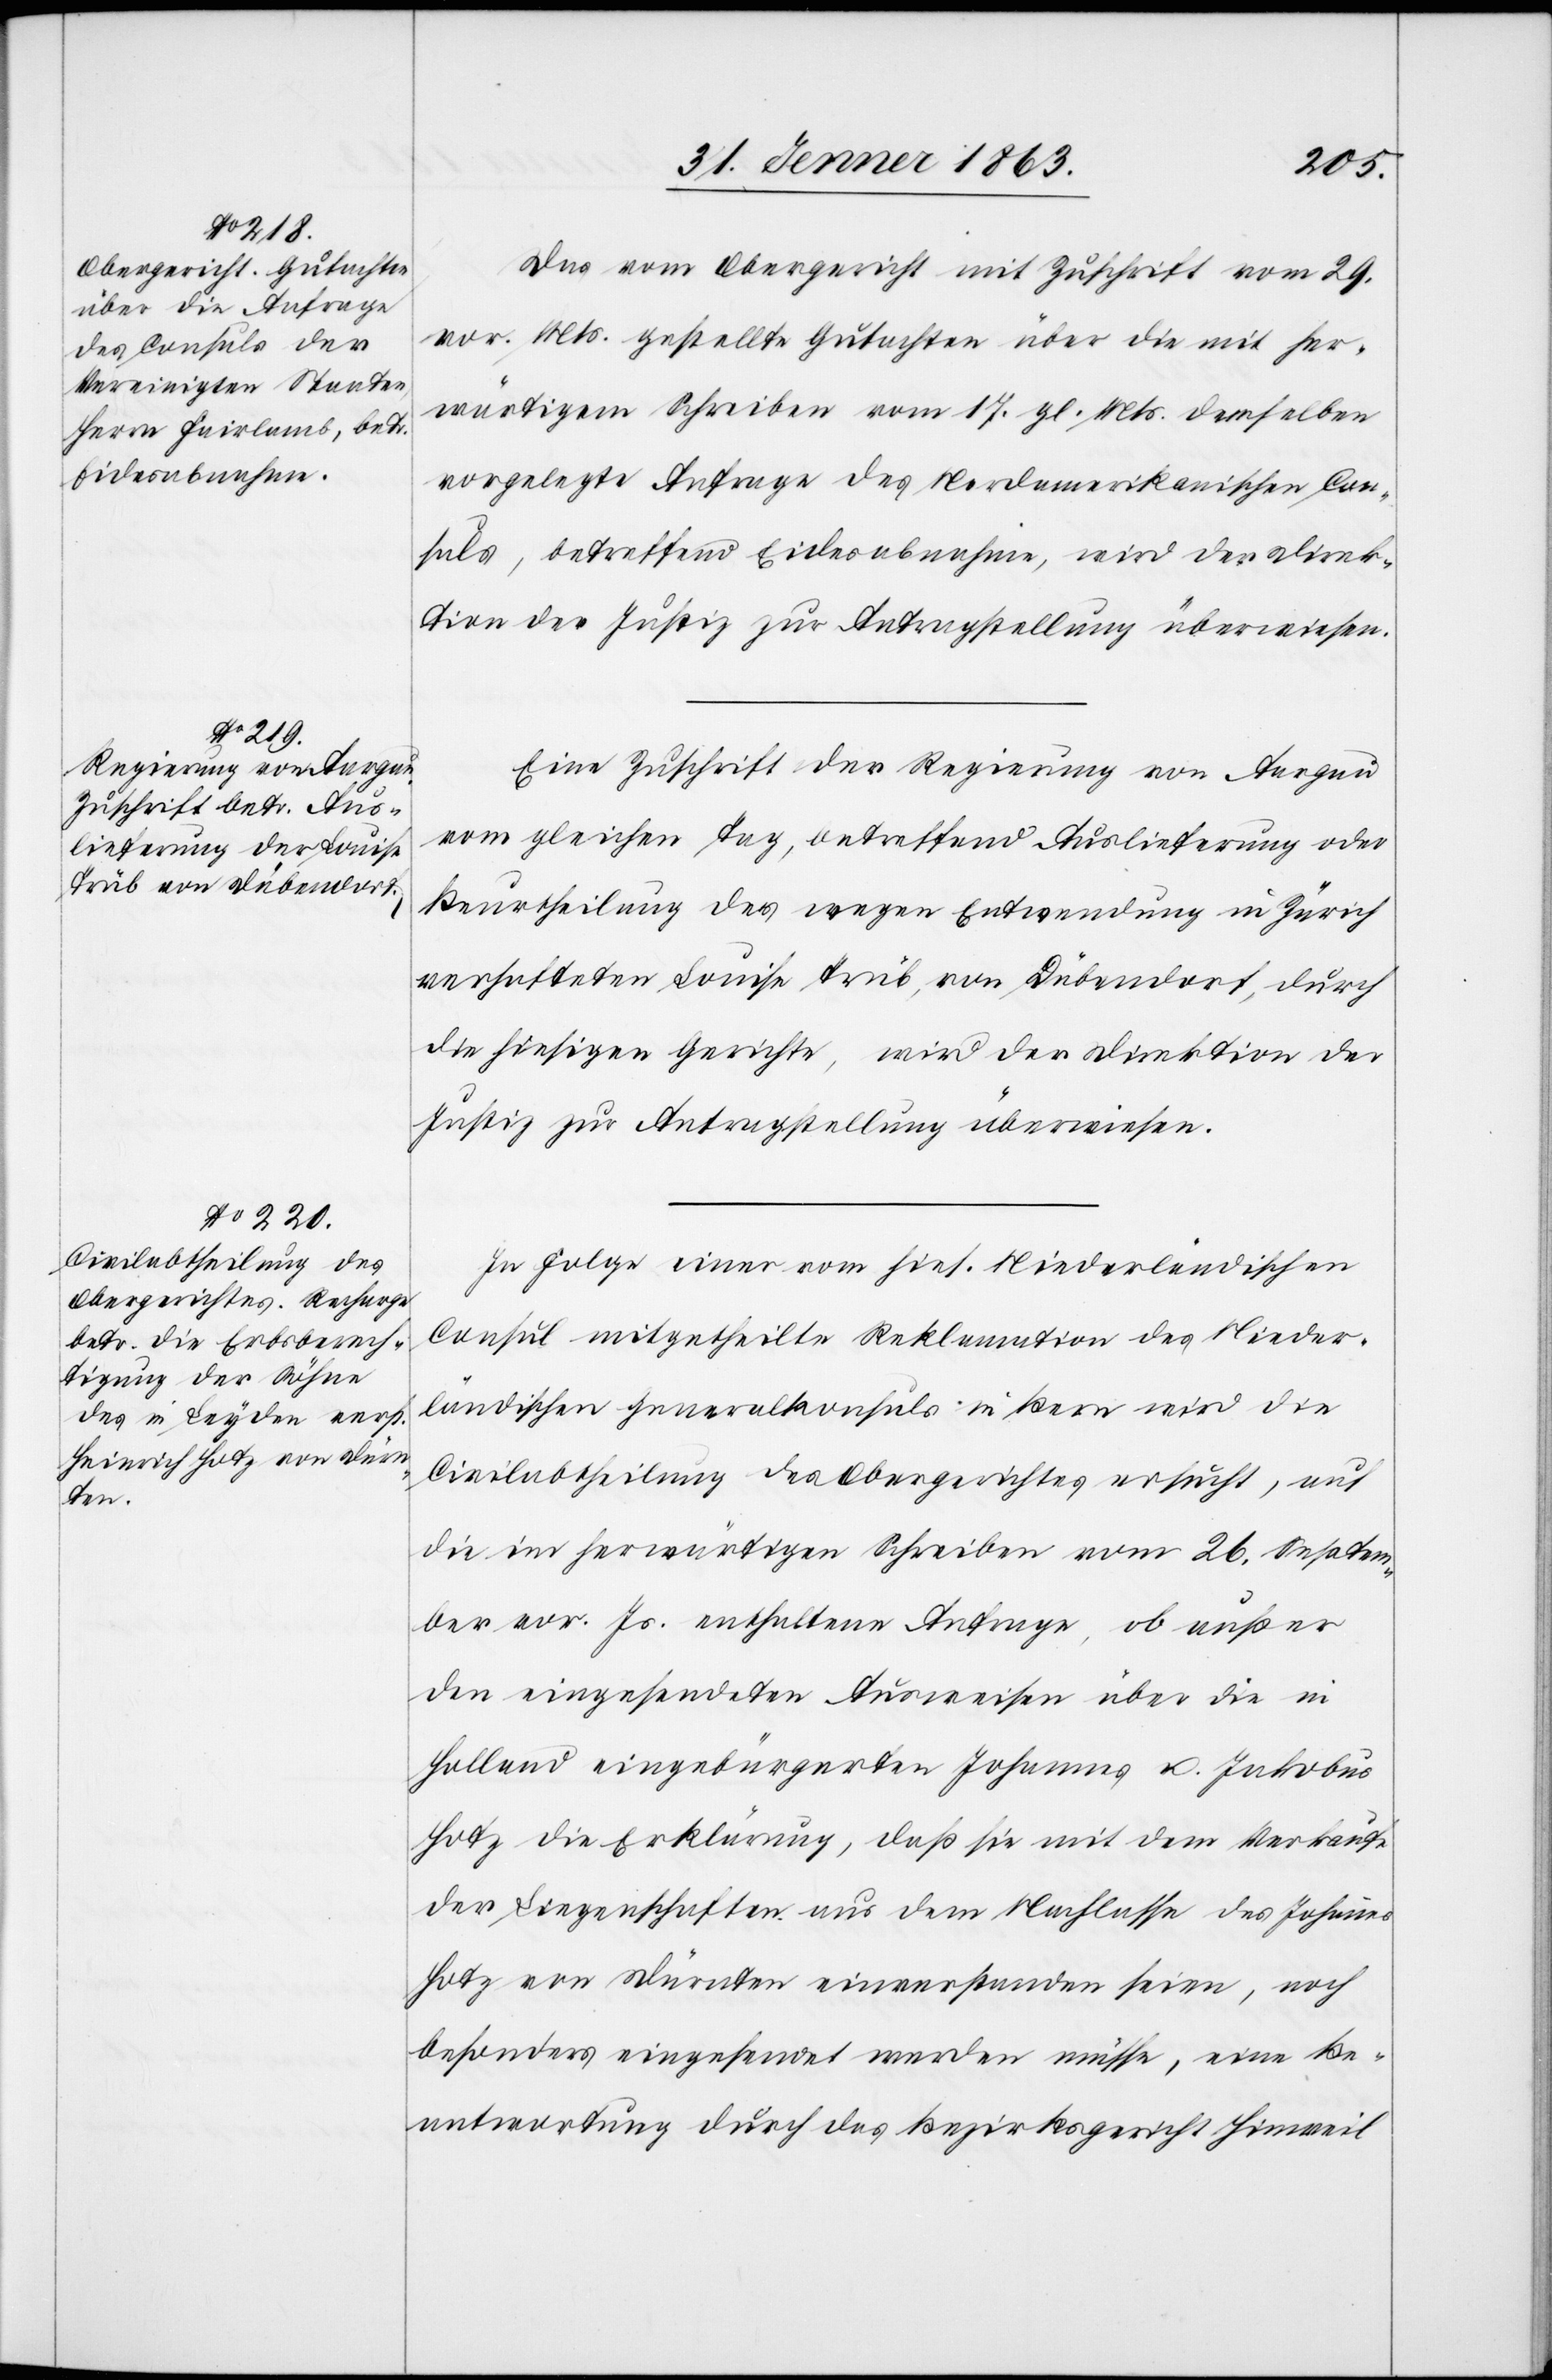
1863.]
Das vom Obergericht mit Zuschrift vom 29.
vor. Mts. gestellte Gutachten über die mit her¬
wärtigem Schreiben vom 17. gl. Mts. demselben
vorgelegte Anfrage des Nordamerikanischen Con¬
suls, betreffend Eidesabnahme, wird der Direk¬
tion der Justiz zur Antragstellung überwiesen.
Eine Zuschrift der Regierung von Aargau
vom gleichen Tag, betreffend Auslieferung oder
Beurtheilung der wegen Entwendung in Zürich
verhafteten Louise Trüb, von Dübendorf, durch
die hiesigen Gerichte, wird der Direktion der
Justiz zur Antragstellung überwiesen.
In Folge einer vom hies. Niederländischen
Consul mitgetheilte Reklamation des Nieder¬
ländischen Generalkonsuls in Bern wird die
Civilabtheilung des Obergerichtes ersucht, auf
die im herwärtigen Schreiben vom 26. Septem¬
ber vor. Js. enthaltene Anfrage, ob außer
den eingesendeten Ausweisen über die in
Holland eingebürgerten Johannes u. Jakobus
Hotz die Erklärung, daß sie mit dem Verkaufe
der Liegenschaften aus dem Nachlasse des Johannes
Hotz von Dürnten einverstanden seien, noch
besonders eingesendet werden müsse, eine Be¬
antwortung durch das Bezirksgericht Hinweil